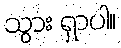
သွား ရှာပါ။